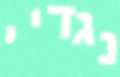
נגדיי